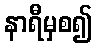
နာရီမှစ၍